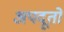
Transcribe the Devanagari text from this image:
अपदूतों